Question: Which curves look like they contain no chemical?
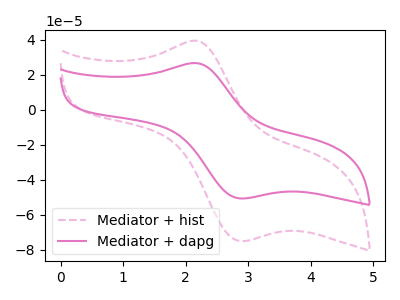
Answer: <think>The pink dashed curve "Mediator + hist" has an anodic peak at (2.10V, 39.35uA) and a cathodic peak at (2.85V, -75.10uA). The pink curve "Mediator + dapg" has an anodic peak at (2.10V, 26.60uA) and a cathodic peak at (2.85V, -50.75uA).</think>
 <answer>There are not any CV's on this graph that are likely to be blanks.</answer>
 <eval>none</eval>